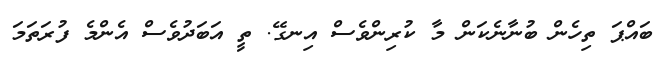
ބައްޕަ ތިހެން ބުނާނެކަން މާ ކުރިންވެސް އިނގޭ. ތީ އަބަދުވެސް އެންމެ ފުރަތަމަ